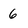
Character: 6